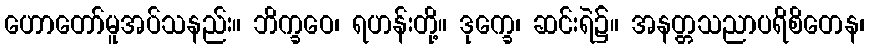
ဟောတော်မူအပ်သနည်း။ ဘိက္ခဝေ၊ ရဟန်းတို့။ ဒုက္ခေ၊ ဆင်းရဲ၌။ အနတ္တသညာပရိစိတေန၊